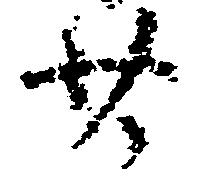
廿